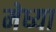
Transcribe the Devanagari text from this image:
मेध्या